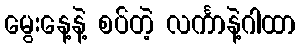
မွေးနေ့နဲ့ စပ်တဲ့ လင်္ကာနဲ့ဂါထာ